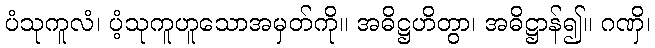
ပံသုကူလံ၊ ပံ့သုကူဟူသောအမှတ်ကို။ အဓိဋ္ဌဟိတွာ၊ အဓိဋ္ဌာန်၍။ ဂဏှိ၊